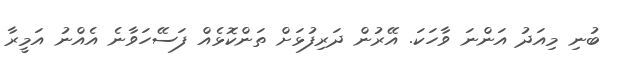
ބުނި މިއަދު އަންނަ ވާހަކަ. އޭރުން ދަރިފުޅަށް ތަންކޮޅެއް ފަސޭހަވާނެ އެއްނު އަމީރާ